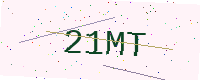
Text: 21MT